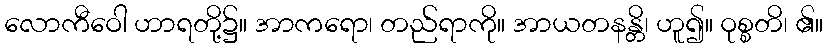
လောကီဝေါ ဟာရတို့၌။ အာကရော၊ တည်ရာကို။ အာယတနန္တိ၊ ဟူ၍။ ဝုစ္စတိ၊ ၏။